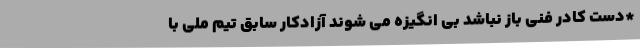
*دست کادر فنی باز نباشد بی انگیزه می شوند آزادکار سابق تیم ملی با